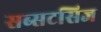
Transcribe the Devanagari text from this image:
सब्सटसिज